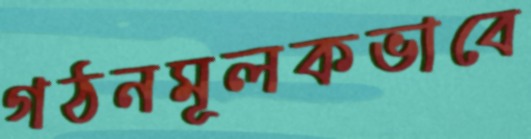
গঠনমূলকভাবে